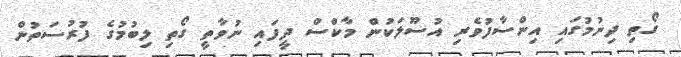
ގޯތި ދިނުމުގައި އިންސާފުވެރި އުސޫލަކުން މާކްސް ދީފައި ނުވާތީ ގޯތި ލިބުމުގެ ފުރުސަތުން